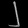
Digit: ၂